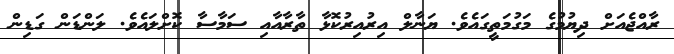
ރާއްޖެއަށް ދިޔުމުގެ މަގުމަތީގައެވެ. ޔަނާލް އިރުއިރުކޮޅާ ތާރާއާއި ސަމާސާ ކޮށްލައެވެ. ލަންޑަން ގަޑިން